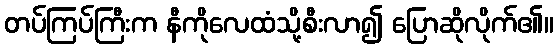
တပ်ကြပ်ကြီးက နီကိုလေထံသို့စီးလာ၍ ပြောဆိုလိုက်၏။